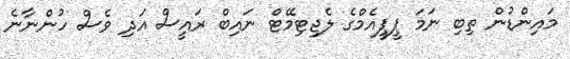
މައިންޑުން ތިބި ނަމަ ޕީޕީއެމްގެ ލެޖިޓިމޭޓް ނައިބް ރައީސް އަދި ވެސް ހުންނާނެ